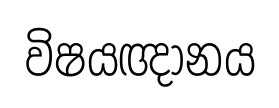
විෂයඥානය